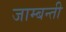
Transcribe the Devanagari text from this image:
जाम्बन्ती